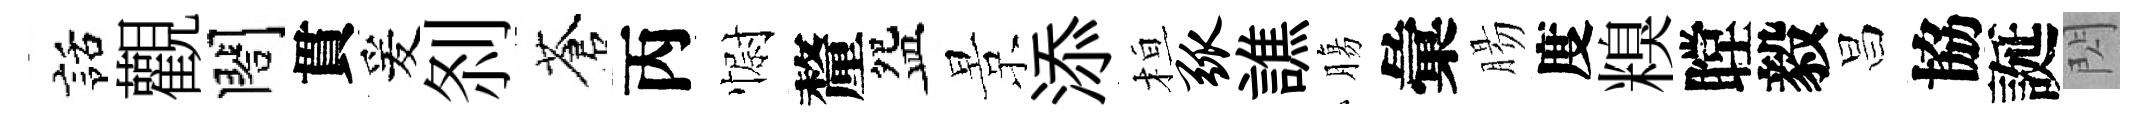
話觀閤貫爰𠛴蒼丙𢠢釐盌景添桓弧譙膓彙腸度糗瞠毅昌協誕閃